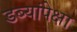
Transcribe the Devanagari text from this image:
डब्यांपेक्षा